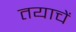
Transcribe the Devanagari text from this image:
तयाचें